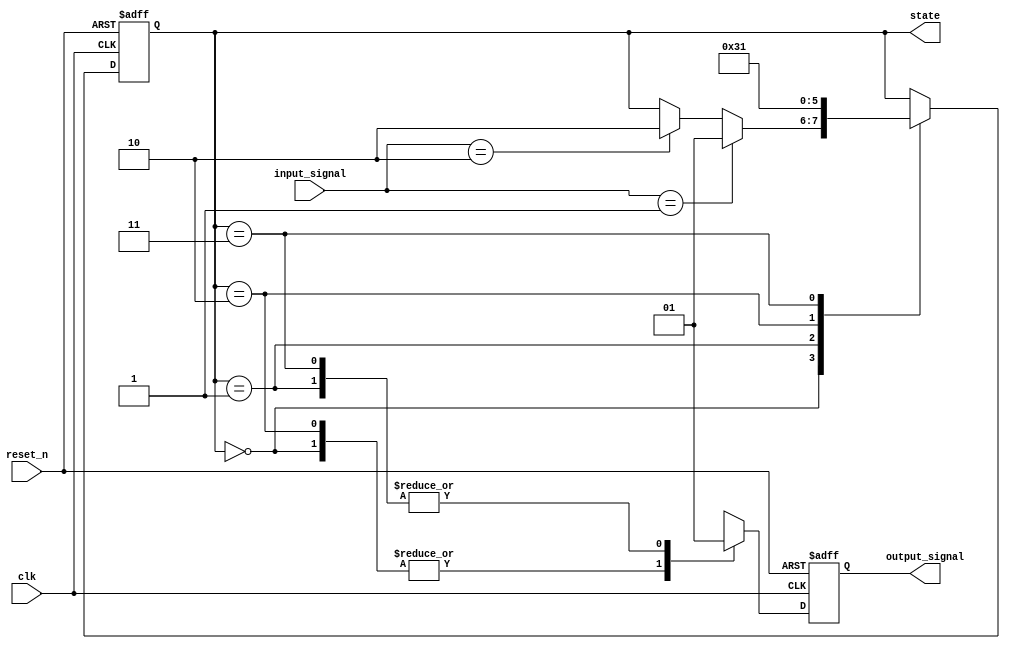
module negative_edge_sensitive_block (
    input wire clk,          // Clock signal
    input wire reset_n,     // Active low reset signal
    input wire [1:0] input_signal, // Example input signal
    output reg [1:0] state, // Current state
    output reg output_signal // Example output signal
);

// State encoding
localparam STATE_0 = 2'b00;
localparam STATE_1 = 2'b01;
localparam STATE_2 = 2'b10;
localparam STATE_3 = 2'b11;

always @(negedge clk or negedge reset_n) begin
    if (!reset_n) begin
        // Reset condition: return to initial state
        state <= STATE_0;
        output_signal <= 1'b0; // Reset output signal
    end else begin
        // State management based on input signals
        case (state)
            STATE_0: begin
                if (input_signal == 2'b01) begin
                    state <= STATE_1;
                end else if (input_signal == 2'b10) begin
                    state <= STATE_2;
                end
                output_signal <= 1'b0; // No output in STATE_0
            end
            
            STATE_1: begin
                state <= STATE_3; // Transition to STATE_3
                output_signal <= 1'b1; // Set output signal
            end
            
            STATE_2: begin
                state <= STATE_0; // Transition back to STATE_0
                output_signal <= 1'b0; // Reset output signal
            end
            
            STATE_3: begin
                state <= STATE_1; // Loop back to STATE_1
                output_signal <= 1'b1; // Maintain output signal
            end
            
            default: begin
                state <= STATE_0; // Default state
                output_signal <= 1'b0; // Default output
            end
        endcase
    end
end

endmodule